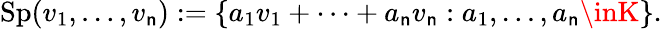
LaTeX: \operatorname{Sp}(v_{1},\ldots,v_{\mathsf{n}}):=\{ a_{1}v_{1}+\cdots+a_{\mathsf{n}}v_{\mathsf{n}}:a_{1},\ldots,a_{\mathsf{n}}\inK\} .